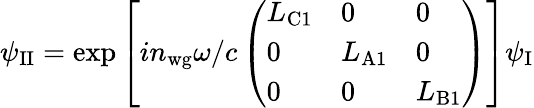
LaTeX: \psi_{\mathrm{II}}=\exp{\left[in_{\mathrm{wg}}\omega/c\left(\begin{array}{lll}{L_{\mathrm{C1}}}&{0}&{0}\\ {0}&{L_{\mathrm{A1}}}&{0}\\ {0}&{0}&{L_{\mathrm{B1}}}\end{array}\right)\right]}\psi_{\mathrm{I}}